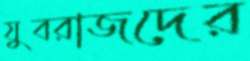
যুবরাজদের